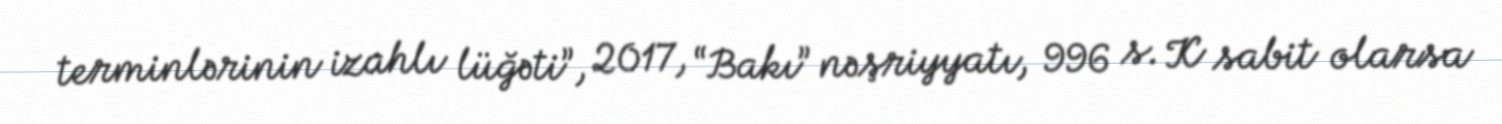
terminlərinin izahlı lüğəti”, 2017, “Bakı” nəşriyyatı, 996 s. K sabit olarsa